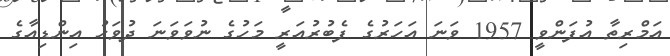
އަމްރިތާ އުފަންވީ 1957 ވަނަ އަހަރުގެ ފެބުރުއަރީ މަހުގެ ނުވަވަނަ ދުވަހު އިންޑިއާގެ